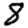
Digit: 8